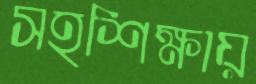
সহশিক্ষায়